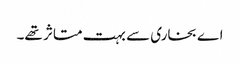
اے بخاری سے بہت متاثر تھے۔